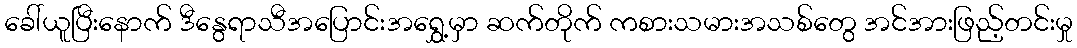
ခေါ်ယူပြီးနောက် ဒီနွေရာသီအပြောင်းအရွှေ့မှာ ဆက်တိုက် ကစားသမားအသစ်တွေ အင်အားဖြည့်တင်းမှု